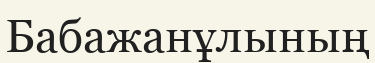
Бабажанұлының